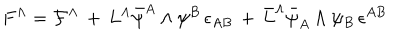
F ^ { \Lambda } = { \cal F } ^ { \Lambda } \, + \, L ^ { \Lambda } \bar { \psi } ^ { A } \wedge \psi ^ { B } \, \epsilon _ { A B } \, + \, \bar { L } ^ { \Lambda } \bar { \psi } _ { A } \wedge \psi _ { B } \, \epsilon ^ { A B }